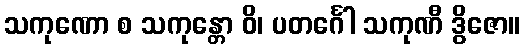
သကုဏော စ သကုန္တော ဝိ၊ ပတင်္ဂေါ သကုဏီ ဒွိဇော။